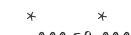
*      *